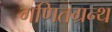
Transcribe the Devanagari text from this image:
गणितग्रन्थ